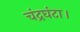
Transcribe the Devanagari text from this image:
चंद्रघंटा।